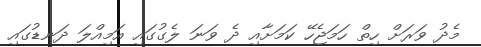
މެދު ވަރަށް ހިތް ހަމަޖެހޭ ކަމަށާއި ދެ ވަނަ ލެގުގައި އަމިއްލަ ދަނޑުގައި